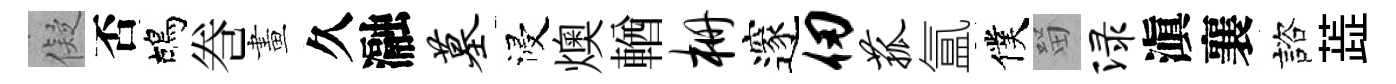
儗否鴣巻畫久瀜墓浸燠輶栅邃仞菰氲僕㽞渌滇襄諮蕋